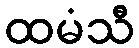
ထမံသီ